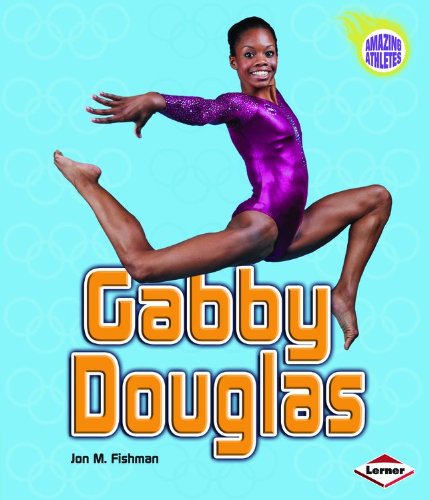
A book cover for Gabby Douglas (Amazing Athletes); Jon M. Fishman; Children's Books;